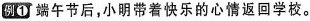
例①端午节后，小明带着快乐的心情返回学校。